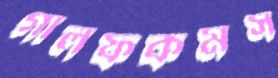
গালফকমস